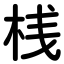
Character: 桟